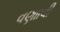
વણાાવી